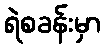
ရဲစခန်းမှာ